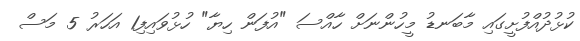
ކުޅުދުއްފުށީގައި މާބަނޑު މީހުންނަށް ހާއްސަ "އުފަން ހިޔާ" ހުޅުވައިފި1 އަހަރު 5 މަސް